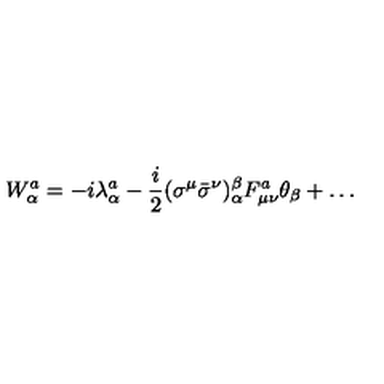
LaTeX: W _ { \alpha } ^ { a } = - i { \lambda } _ { \alpha } ^ { a } - \frac { i } { 2 } ( { \sigma } ^ { \mu } { \bar { \sigma } } ^ { \nu } ) _ { \alpha } ^ { \beta } F _ { \mu \nu } ^ { a } { \theta } _ { \beta } + \dots